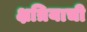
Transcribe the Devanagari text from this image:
क्षत्रियाची